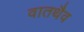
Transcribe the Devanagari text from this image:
वातथैव